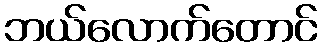
ဘယ်လောက်တောင်